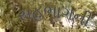
સહભાગની